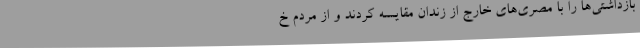
بازداشتی‌ها را با مصری‌های خارج از زندان مقایسه کردند و از مردم خ